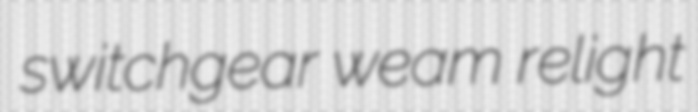
switchgear weam relight